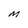
Character: M